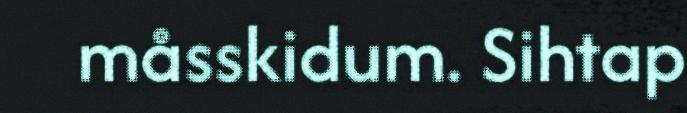
måsskidum. Sihtap